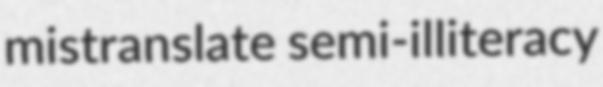
mistranslate semi-illiteracy